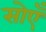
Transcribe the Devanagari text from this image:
सोएँ